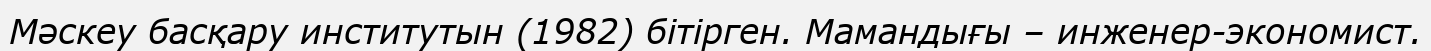
Мәскеу басқару институтын (1982) бітірген. Мамандығы – инженер-экономист.